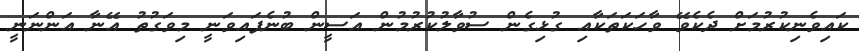
ކައިވެނިކުރުމަށް ދެކެވޭ ވާހަކަތަކާއި ގުޅިގެން ސުވާލުކުރުމުން އަސީން ބުނެފައިވަނީ މިވަގުތު އޭނާ އަންނަނީ